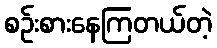
စဉ်းစားနေကြတယ်တဲ့